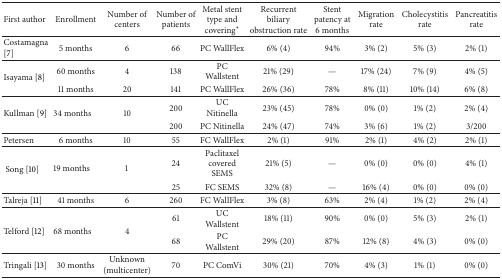
<table><thead><tr><td><b>First author</b></td><td><b>Enrollment</b></td><td><b>Number of centers</b></td><td><b>Number of patients</b></td><td><b>Metal stent type and covering*</b></td><td><b>Recurrentbiliary obstruction rate</b></td><td><b>Stent patency at 6 months</b></td><td><b>Migration rate</b></td><td><b>Cholecystitis rate</b></td><td><b>Pancreatitis rate</b></td></tr></thead><tbody><tr><td>Costamagna [7]</td><td>5 months</td><td>6</td><td>66</td><td>PC WallFlex</td><td>6% (4)</td><td>94%</td><td>3% (2)</td><td>5% (3)</td><td>2% (1)</td></tr><tr><td rowspan="2">Isayama [8]</td><td>60 months</td><td>4</td><td>138</td><td>PC Wallstent</td><td>21% (29)</td><td>—</td><td>17% (24)</td><td>7% (9)</td><td>4% (5)</td></tr><tr><td>11 months</td><td>20</td><td>141</td><td>PC WallFlex</td><td>26% (36)</td><td>78%</td><td>8% (11)</td><td>10% (14)</td><td>6% (8)</td></tr><tr><td rowspan="2">Kullman [9]</td><td rowspan="2">34 months</td><td rowspan="2">10</td><td>200</td><td>UC Nitinella</td><td>23% (45)</td><td>78%</td><td>0% (0)</td><td>1% (2)</td><td>2% (4)</td></tr><tr><td>200</td><td>PC Nitinella</td><td>24% (47)</td><td>74%</td><td>3% (6)</td><td>1% (2)</td><td>3/200</td></tr><tr><td>Petersen</td><td>6 months</td><td>10</td><td>55</td><td>FC WallFlex</td><td>2% (1)</td><td>91%</td><td>2% (1)</td><td>4% (2)</td><td>2% (1)</td></tr><tr><td rowspan="2">Song [10]</td><td rowspan="2">19 months</td><td rowspan="2">1</td><td>24</td><td>Paclitaxel covered SEMS</td><td>21% (5)</td><td>—</td><td>0% (0)</td><td>0% (0)</td><td>4% (1)</td></tr><tr><td>25</td><td>FC SEMS</td><td>32% (8)</td><td>—</td><td>16% (4)</td><td>0% (0)</td><td>0% (0)</td></tr><tr><td>Talreja [11]</td><td>41 months</td><td>6</td><td>260</td><td>FC WallFlex</td><td>3% (8)</td><td>63%</td><td>2% (4)</td><td>1% (2)</td><td>2% (4)</td></tr><tr><td rowspan="2">Telford [12]</td><td rowspan="2">68 months</td><td rowspan="2">4</td><td>61</td><td>UC Wallstent</td><td>18% (11)</td><td>90%</td><td>0% (0)</td><td>5% (3)</td><td>2% (1)</td></tr><tr><td>68</td><td>PC Wallstent</td><td>29% (20)</td><td>87%</td><td>12% (8)</td><td>4% (3)</td><td>0% (0)</td></tr><tr><td>Tringali [13]</td><td>30 months</td><td>Unknown (multicenter)</td><td>70</td><td>PC ComVi</td><td>30% (21)</td><td>70%</td><td>4% (3)</td><td>1% (1)</td><td>0% (0)</td></tr></tbody></table>